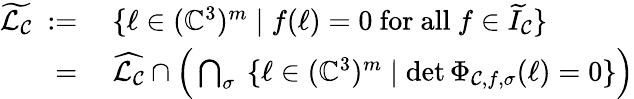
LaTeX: \begin{array}{rl}{\widetilde{\mathcal L_{\mathcal{C}}}\ :=}&{\ \{ \ell\in(\mathbb C^{3})^{m}\mid f(\ell)=0\mathrm{~for~all~}f\in\widetilde{I}_{\mathcal C}\} }\\ {=}&{\ \widehat{\mathcal L_{\mathcal{C}}}\cap\Big(\bigcap_{\sigma}\ \{ \ell\in(\mathbb C^{3})^{m}\mid\operatorname*{det}\Phi_{\mathcal C,f,\sigma}(\ell)=0\} \Big)}\end{array}